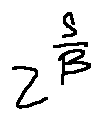
z ^ { \frac { s } { \beta } }